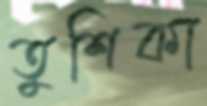
তুশিকা